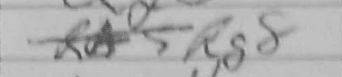
Transcription: Rg8